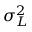
\sigma _ { L } ^ { 2 }